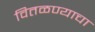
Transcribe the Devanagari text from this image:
वितळण्याचा